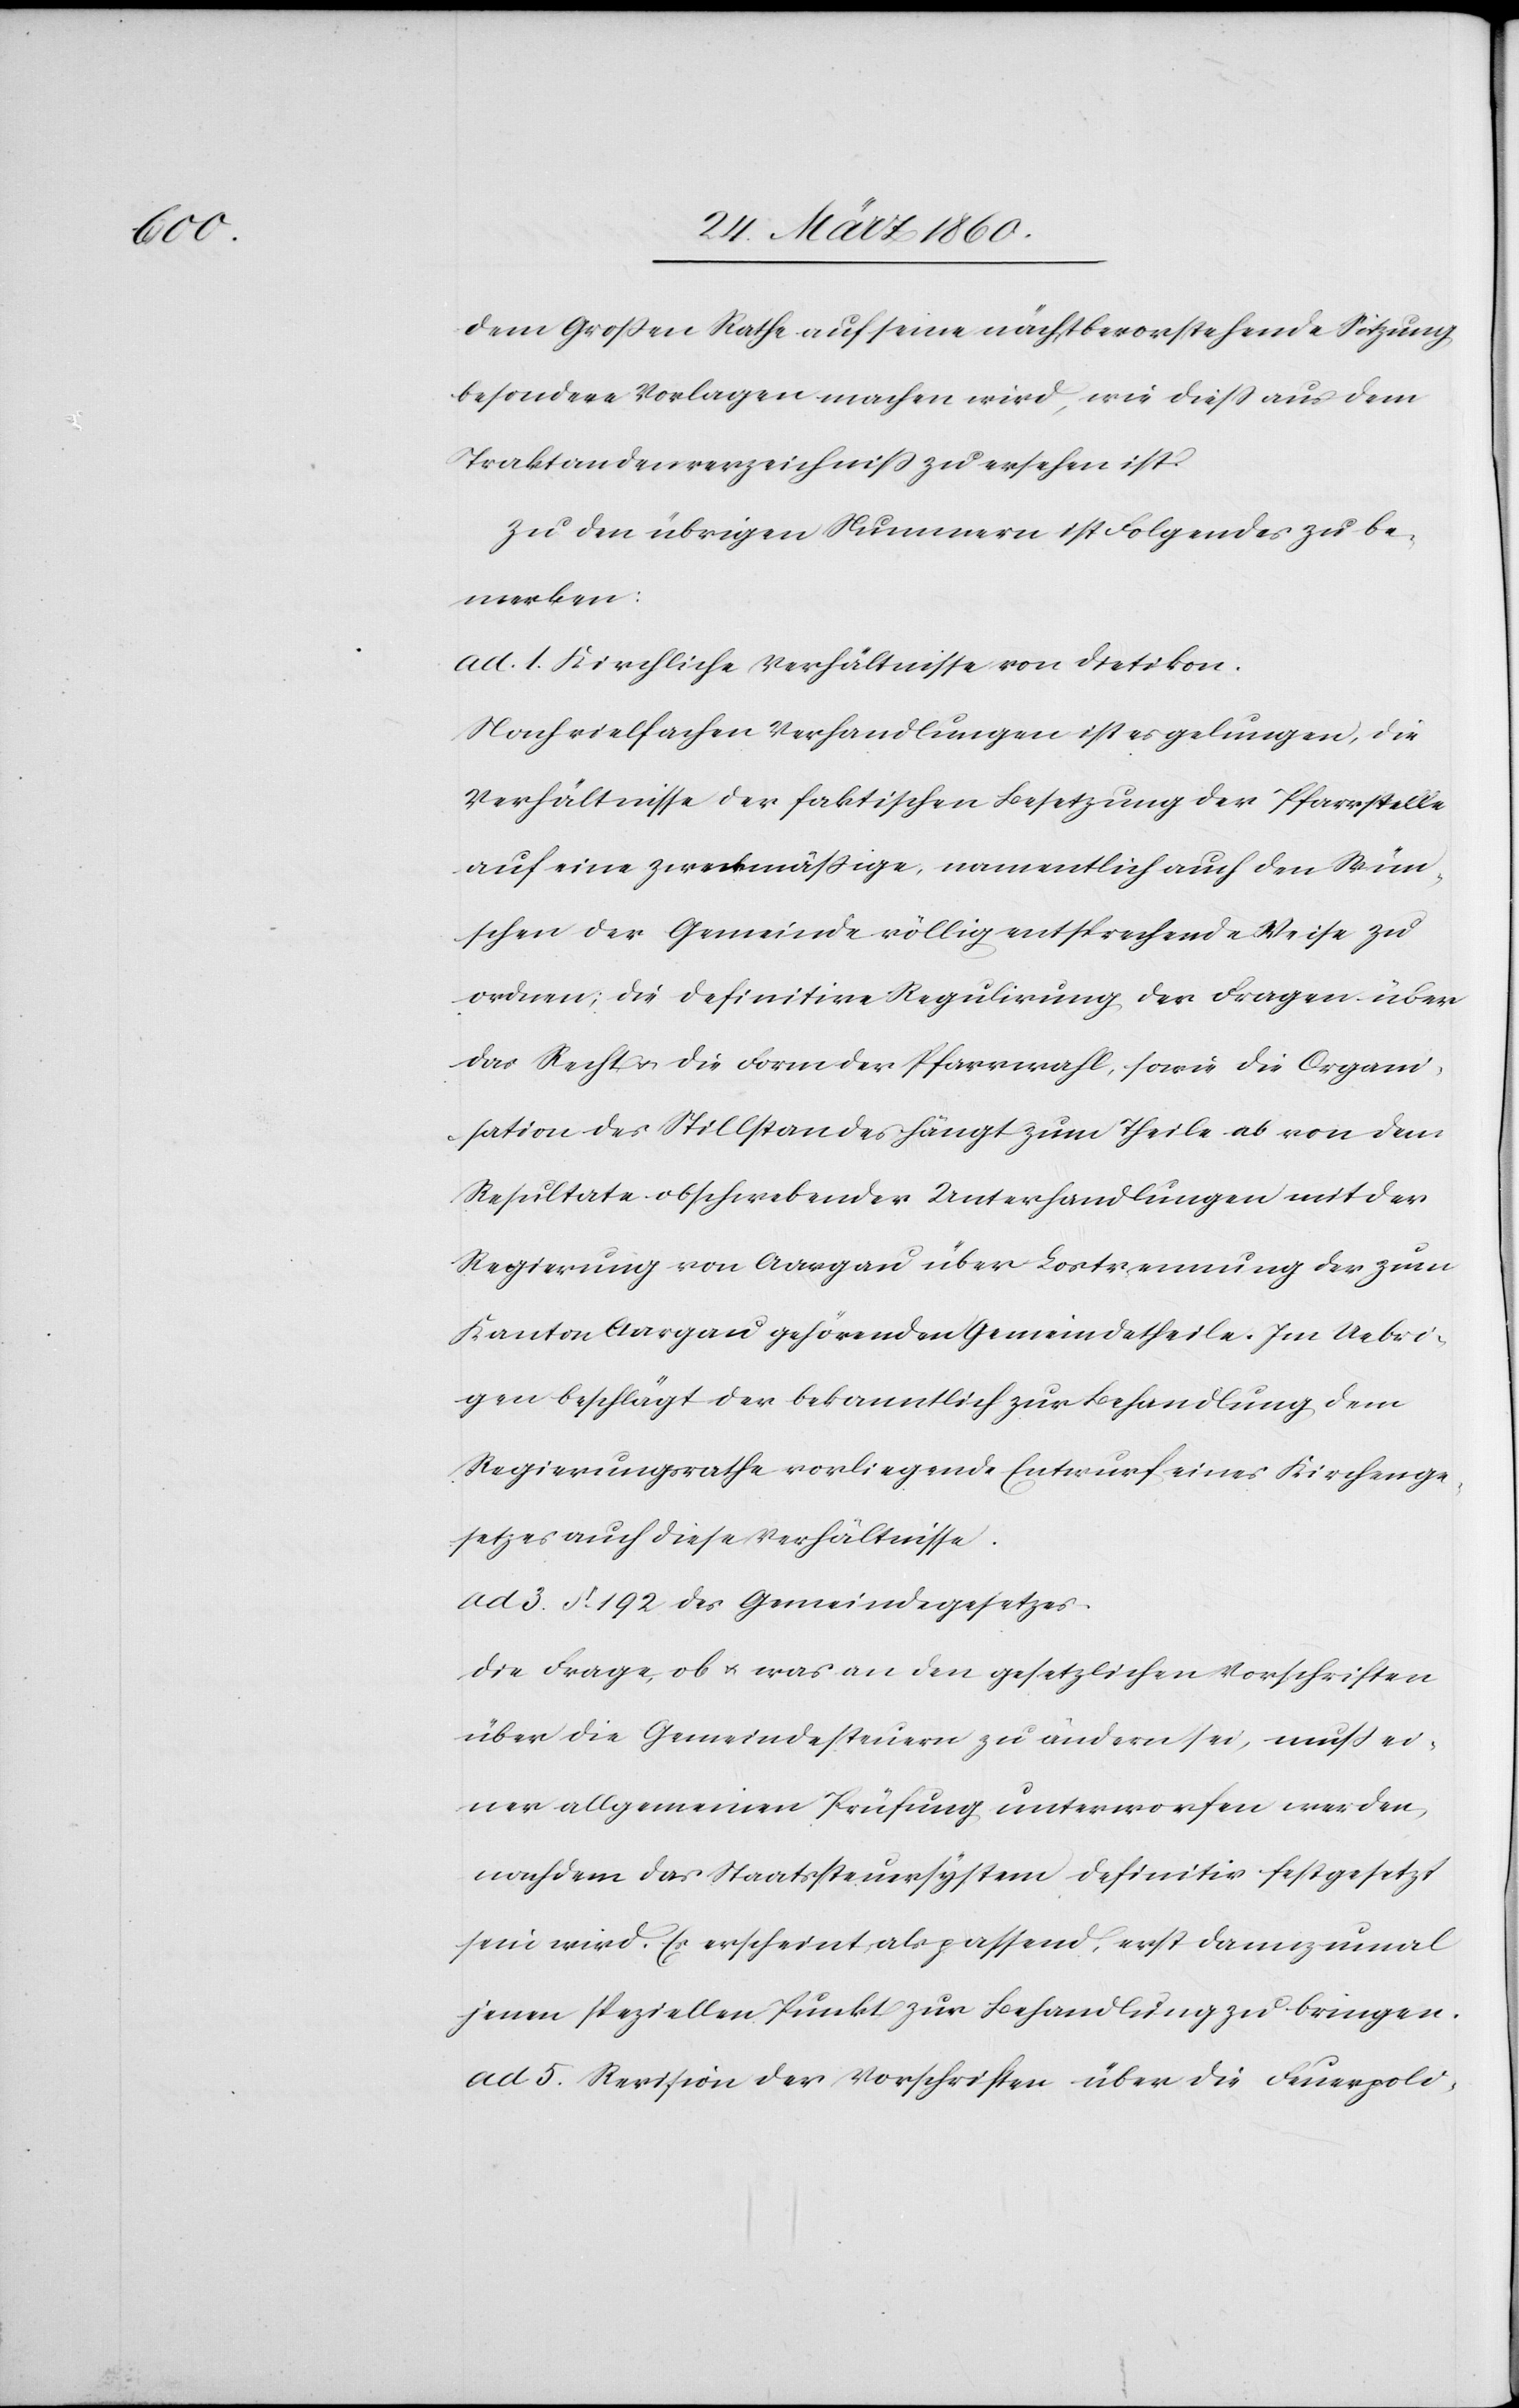
dem Grossen Rathe auf seine nächstbevorstehende Sitzung
besondere Vorlagen machen wird, wie diess aus dem
Traktandenverzeichniss zu ersehen ist.
Zu den übrigen Nummern ist Folgendes zu be¬
merken:
ad. 1. Kirchliche Verhältnisse von Dietikon.
Nach vielfachen Verhandlungen ist es gelungen, die
Verhältnisse der faktischen Besetzung der Pfarrstelle
auf eine zweckmässige, namentlich auch den Wün¬
schen der Gemeinde völlig entsprechende Weise zu
ordnen; die definitive Regulirung der Fragen über
das Recht u. die Form der Pfarrwahl, sowie die Organi¬
sation des Stillstandes hängt zum Theile ab von dem
Resultate obschwebender Unterhandlungen mit der
Regierung von Aargau über Lostrennung der zum
Kanton Aargau gehörenden Gemeindetheile. Im Uebri¬
gen beschlägt der bekanntlich zur Behandlung dem
Regierungsrathe vorzulegende Entwurf eines Kirchenge¬
setzes auch diese Verhältnisse.
ad 3. §. 192. des Gemeindegesetzes.
Die Frage, ob u. was an den gesetzlichen Vorschriften
über die Gemeindesteuern zu ändern sei, muss ei¬
ner allgemeinen Prüfung unterworfen werden,
nachdem das Staatssteuersystem definitiv festgesetzt
sein wird. Es erscheint als passend, erst dannzumal
jenen speziellen Punkt zur Behandlung zu bringen.
ad 5. Revision der Vorschriften über die Feuerpoli-